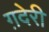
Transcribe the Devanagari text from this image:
ग़देरी